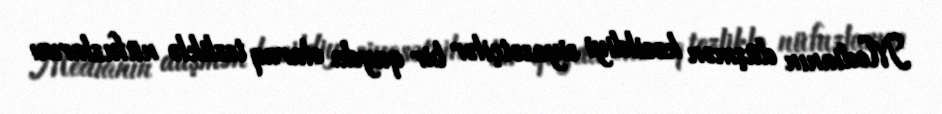
Medianın düşmən kəsildiyi siyasətçilər bir qayda olaraq tezliklə nüfuzlarını